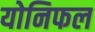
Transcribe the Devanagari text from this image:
योनिफल